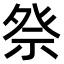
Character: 𫞴